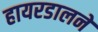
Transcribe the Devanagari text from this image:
हायरडालने